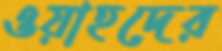
ওয়াহদের